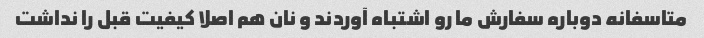
متاسفانه دوباره سفارش ما رو اشتباه آوردند و نان هم اصلا کیفیت قبل را نداشت